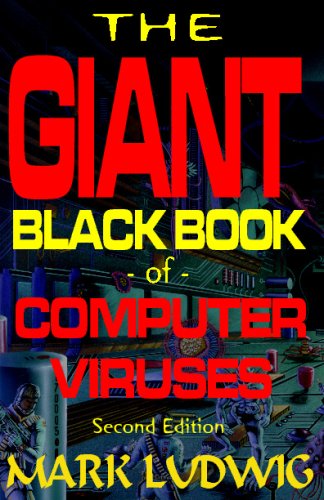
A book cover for The Giant Black Book of Computer Viruses, 2nd Edition; Mark Ludwig; Computers & Technology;